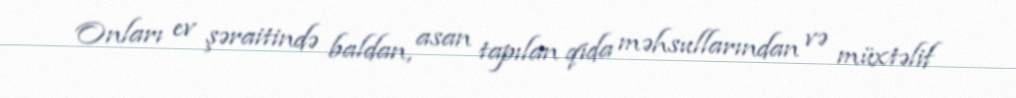
Onları ev şəraitində baldan, asan tapılan qida məhsullarından və müxtəlif